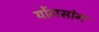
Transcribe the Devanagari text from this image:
योंगसांग